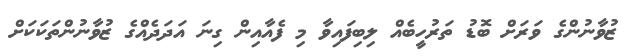
ޒުވާނުންގެ ވަރަށް ބޮޑު ތަރުހީބެއް ލިބިފައިވާ މި ފެއާއިން ގިނަ އަދަދެއްގެ ޒުވާނުންތަކަކަށް